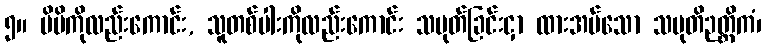
၅။ မိမိကိုလည်းကောင်း, သူတစ်ပါးကိုလည်းကောင်း သမုတ်ခြင်းငှာ ထားအပ်သော သမုတိဉတ္တိကံ၊